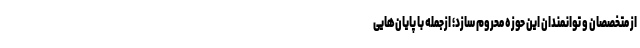
از متخصصان و توانمندان این حوزه محروم سازد؛ ازجمله با پایان‌هایی